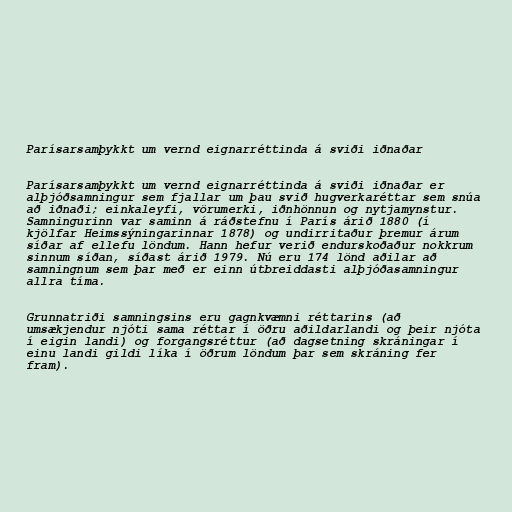
Parísarsamþykkt um vernd eignarréttinda á sviði iðnaðar

Parísarsamþykkt um vernd eignarréttinda á sviði iðnaðar er
alþjóðsamningur sem fjallar um þau svið hugverkaréttar sem snúa
að iðnaði; einkaleyfi, vörumerki, iðnhönnun og nytjamynstur.
Samningurinn var saminn á ráðstefnu í París árið 1880 (í
kjölfar Heimssýningarinnar 1878) og undirritaður þremur árum
síðar af ellefu löndum. Hann hefur verið endurskoðaður nokkrum
sinnum síðan, síðast árið 1979. Nú eru 174 lönd aðilar að
samningnum sem þar með er einn útbreiddasti alþjóðasamningur
allra tíma.

Grunnatriði samningsins eru gagnkvæmni réttarins (að
umsækjendur njóti sama réttar í öðru aðildarlandi og þeir njóta
í eigin landi) og forgangsréttur (að dagsetning skráningar í
einu landi gildi líka í öðrum löndum þar sem skráning fer
fram).